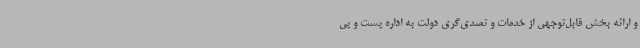
و ارائه بخش قابل‌توجهی از خدمات و تصدی‌گری دولت به اداره پست و پی